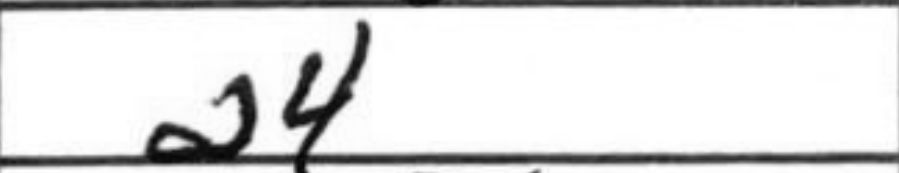
Transcription: a4